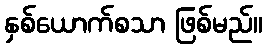
နှစ်ယောက်စသာ ဖြစ်မည်။